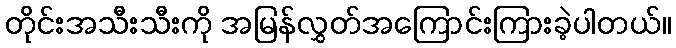
တိုင်းအသီးသီးကို အမြန်လွှတ်အကြောင်းကြားခဲ့ပါတယ်။